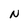
Character: N